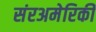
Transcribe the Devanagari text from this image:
संरअमेरिकी